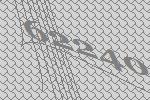
62240